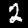
Digit: 2